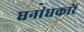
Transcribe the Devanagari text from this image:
घनांधकारें